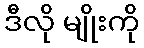
ဒီလို မျိုးကို